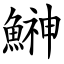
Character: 鰰